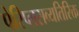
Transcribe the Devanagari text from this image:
पेरिप्लसव्यतिरिक्त